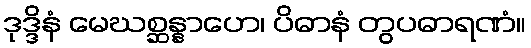
ဒုဒ္ဒိနံ မေဃစ္ဆန္နာဟေ၊ ပိဓာနံ တွပဓာရဏံ။